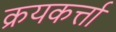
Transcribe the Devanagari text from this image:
क्रयकर्त्ता